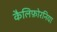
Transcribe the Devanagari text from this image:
कैलिफ़ोरनिया